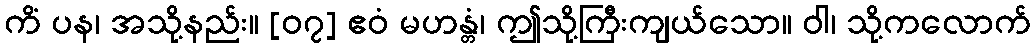
ကိံ ပန၊ အသို့နည်း။ [၀၇] ဧဝံ မဟန္တံ၊ ဤသို့ကြီးကျယ်သော။ ဝါ၊ သို့ကလောက်